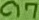
Text: C17